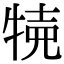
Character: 𤙸